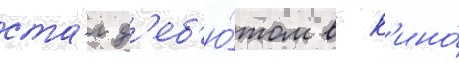
ста́л д'еб'ю́том в к'ино́